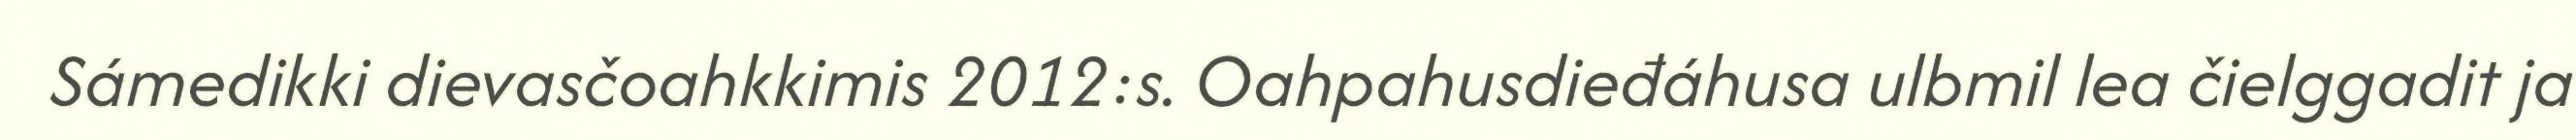
Sámedikki dievasčoahkkimis 2012:s. Oahpahusdieđáhusa ulbmil lea čielggadit ja